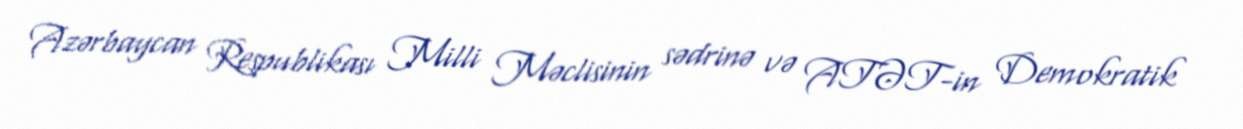
Azərbaycan Respublikası Milli Məclisinin sədrinə və ATƏT-in Demokratik